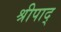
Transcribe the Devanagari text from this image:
श्रीपाद्